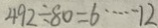
4 9 2 \div 8 0 = 6 \cdots 1 2